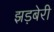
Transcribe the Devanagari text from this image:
झड़बेरी